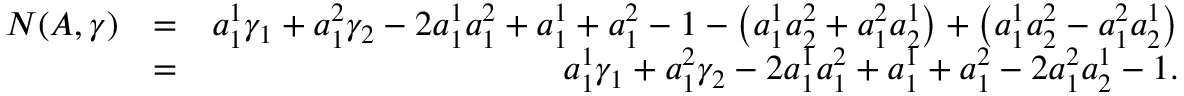
\begin{array} { r l r } { N ( A , \gamma ) } & { = } & { a _ { 1 } ^ { 1 } \gamma _ { 1 } + a _ { 1 } ^ { 2 } \gamma _ { 2 } - 2 a _ { 1 } ^ { 1 } a _ { 1 } ^ { 2 } + a _ { 1 } ^ { 1 } + a _ { 1 } ^ { 2 } - 1 - \left( a _ { 1 } ^ { 1 } a _ { 2 } ^ { 2 } + a _ { 1 } ^ { 2 } a _ { 2 } ^ { 1 } \right) + \left( a _ { 1 } ^ { 1 } a _ { 2 } ^ { 2 } - a _ { 1 } ^ { 2 } a _ { 2 } ^ { 1 } \right) } \\ & { = } & { a _ { 1 } ^ { 1 } \gamma _ { 1 } + a _ { 1 } ^ { 2 } \gamma _ { 2 } - 2 a _ { 1 } ^ { 1 } a _ { 1 } ^ { 2 } + a _ { 1 } ^ { 1 } + a _ { 1 } ^ { 2 } - 2 a _ { 1 } ^ { 2 } a _ { 2 } ^ { 1 } - 1 . } \end{array}